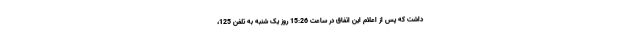
داشت که پس از اعلام این اتفاق در ساعت 15:26 روز یک شنبه به تلفن 125،